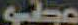
مطلو